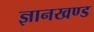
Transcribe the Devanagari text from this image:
ज्ञानखण्ड